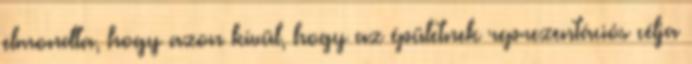
elmondta, hogy azon kívül, hogy az épületnek reprezentációs célja